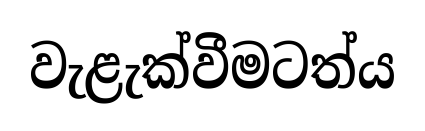
වැළැක්වීමටත්ය